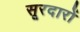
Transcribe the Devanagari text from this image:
सूरदारों